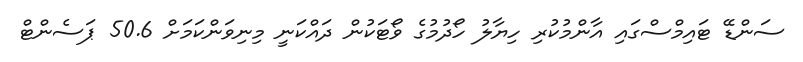
ސަންޑޭ ޓައިމްސްގައި އާންމުކުރި ހިޔާލު ހޯދުމުގެ ވޯޓަކުން ދައްކަނީ މިނިވަންކަމަށް 50.6 ޕަސެންޓް